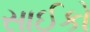
સાઈકો